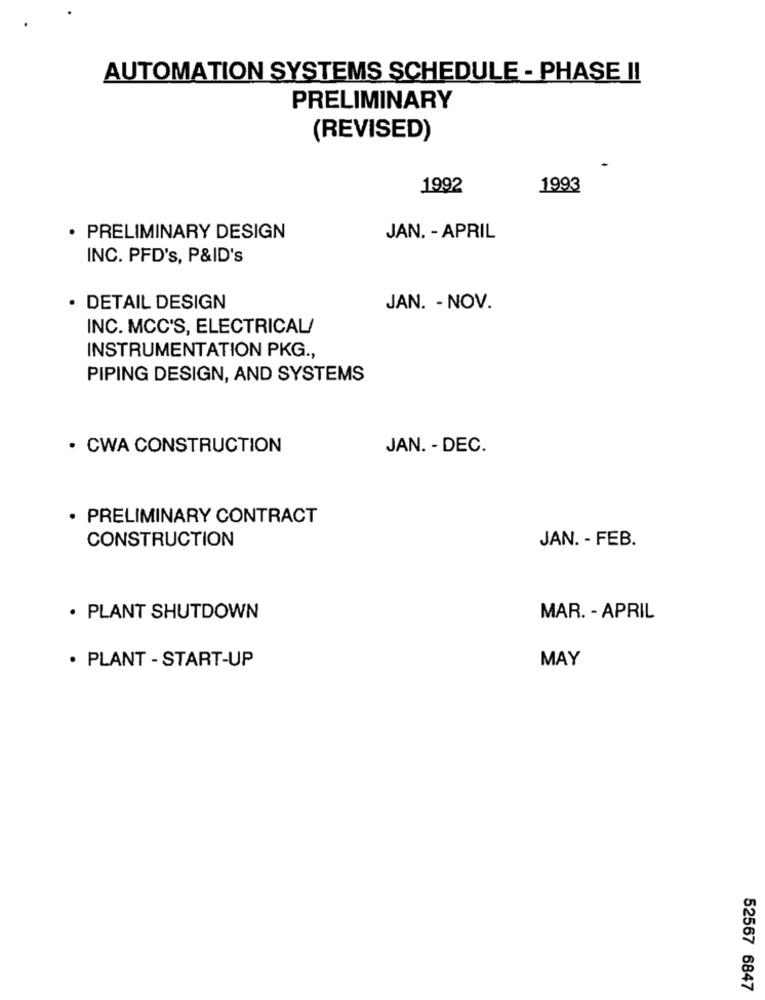
AUTOMATION SYSTEMS SCHEDULE - PHASE II
PRELIMINARY
(REVISED)
1992
1993
· PRELIMINARY DESIGN
JAN. - APRIL
INC. PFD's, P&ID's
· DETAIL DESIGN
JAN. - NOV.
INC. MCC'S, ELECTRICAL/
INSTRUMENTATION PKG .,
PIPING DESIGN, AND SYSTEMS
· CWA CONSTRUCTION
JAN. - DEC.
· PRELIMINARY CONTRACT
CONSTRUCTION
JAN. - FEB.
· PLANT SHUTDOWN
MAR. - APRIL
MAY
· PLANT - START-UP
52567 6847